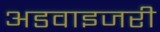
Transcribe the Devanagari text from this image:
अडवाइजरी